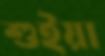
শুইয়া